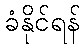
ခံနိုင်ရန်